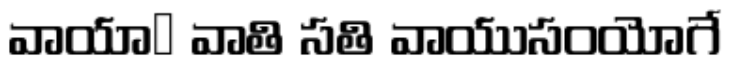
వాయాఀ వాతి సతి వాయుసంయోగే